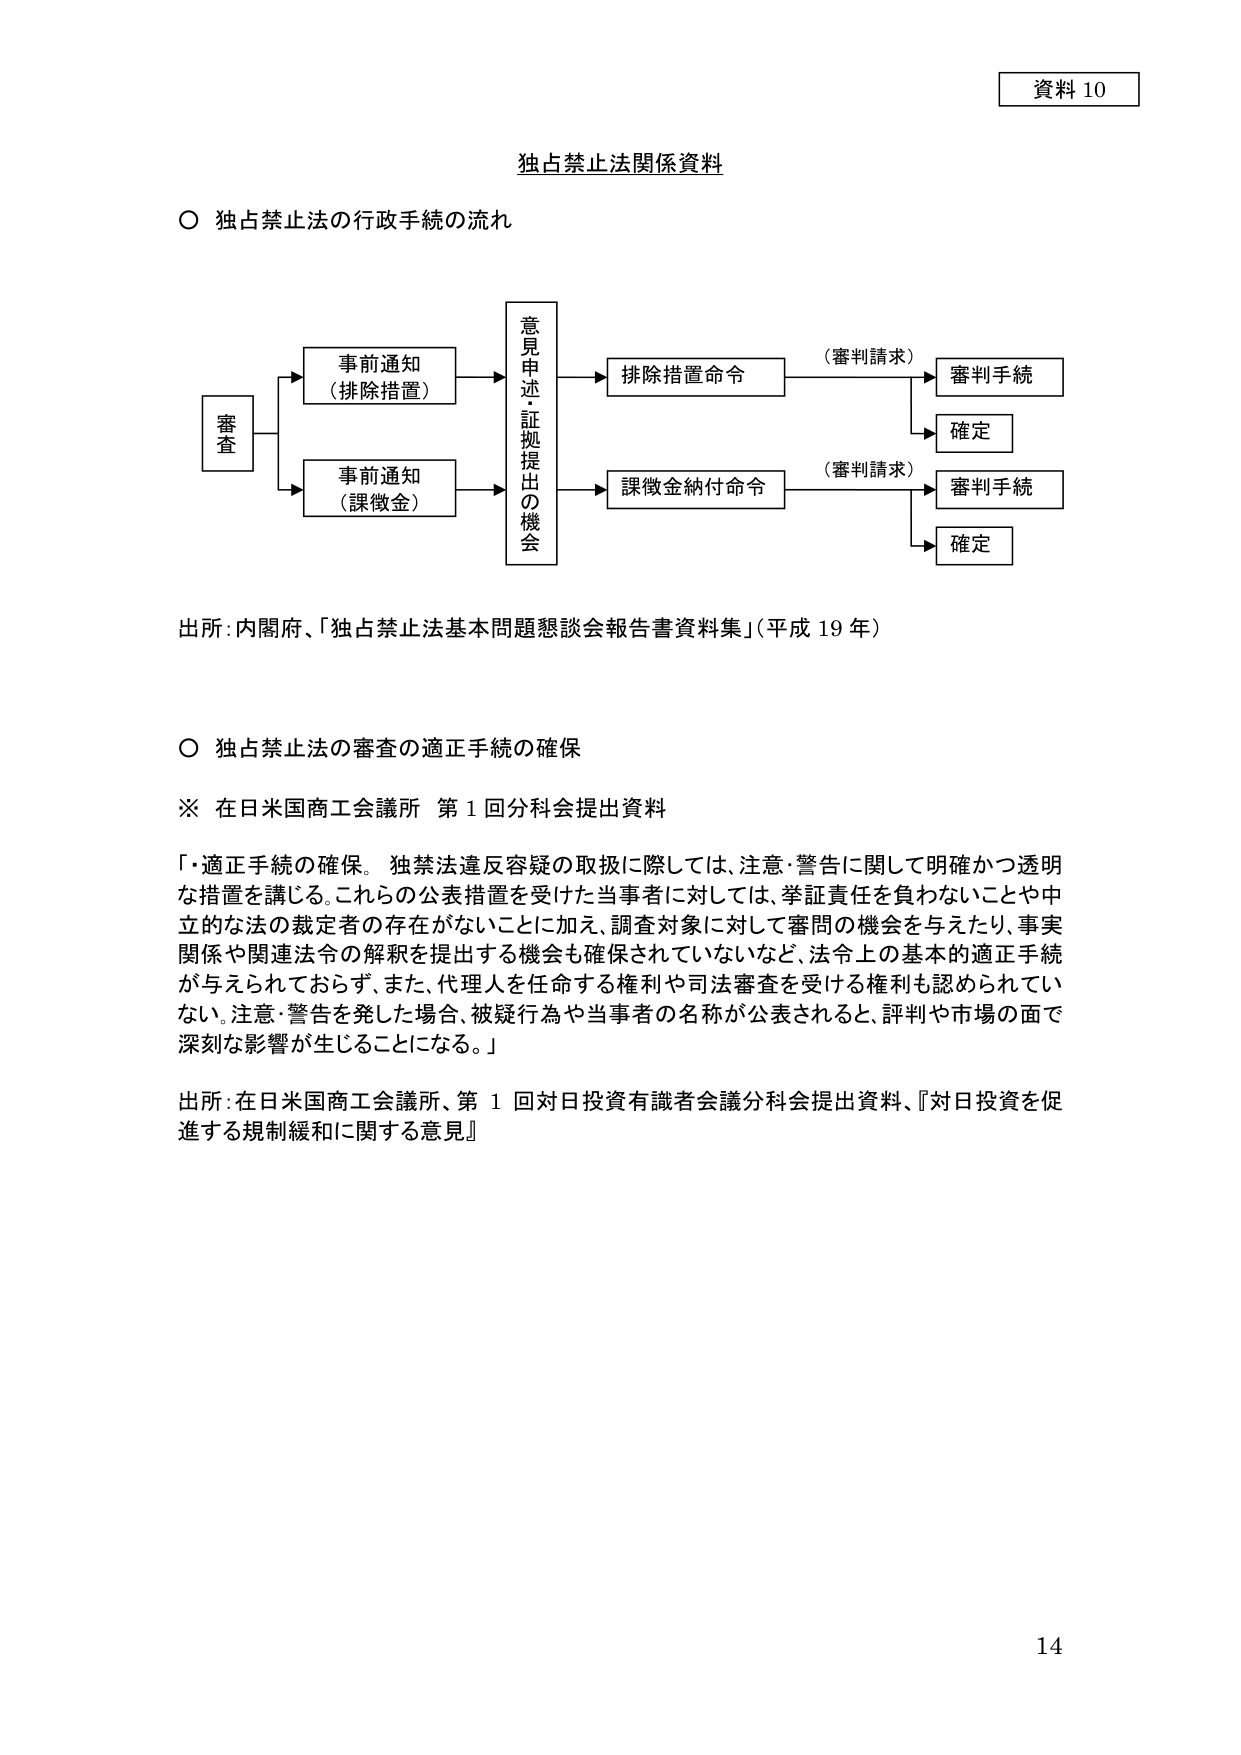
資料 10

独占禁止法関係資料

○ 独占禁止法の行政手続の流れ

審査
→ 事前通知（排除措置）
→ 事前通知（課徴金）

意見申述・証拠提出の機会
→ 排除措置命令 →（審判請求）→ 審判手続 → 確定
→ 課徴金納付命令 →（審判請求）→ 審判手続 → 確定

出所：内閣府、「独占禁止法基本問題懇談会報告書資料集」（平成19年）

○ 独占禁止法の審査の適正手続の確保

※ 在日米国商工会議所 第1回分科会提出資料

「・適正手続の確保。独禁法違反容疑の取扱に際しては、注意・警告に関して明確かつ透明な措置を講じる。これらの公表措置を受けた当事者に対しては、挙証責任を負わないことや中立的な法の裁定者の存在がないことに加え、調査対象に対して審問の機会を与えたり、事実関係や関連法令の解釈を提出する機会も確保されていないなど、法令上の基本的適正手続が与えられておらず、また、代理人を任命する権利や司法審査を受ける権利も認められていない。注意・警告を発した場合、被疑行為や当事者の名称が公表されると、評判や市場の面で深刻な影響が生じることになる。」

出所：在日米国商工会議所、第1回対日投資有識者会議分科会提出資料、『対日投資を促進する規制緩和に関する意見』

14